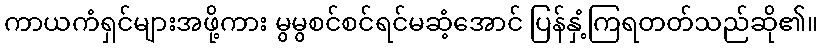
ကာယကံရှင်များအဖို့ကား မွမွစင်စင်ရင်မဆံ့အောင် ပြန်နှံ့ကြရတတ်သည်ဆို၏။